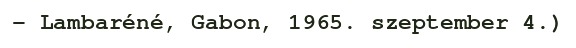
– Lambaréné, Gabon, 1965. szeptember 4.)